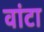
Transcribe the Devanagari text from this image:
वांटा